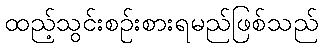
ထည့်သွင်းစဉ်းစားရမည်ဖြစ်သည်